Newspaper: Daily Democrat and news. [volume]
Place of publication: Davenport, Iowa
Publisher: Maguire, Richardson & Co.
Date: 1860-03-31 00:00:00
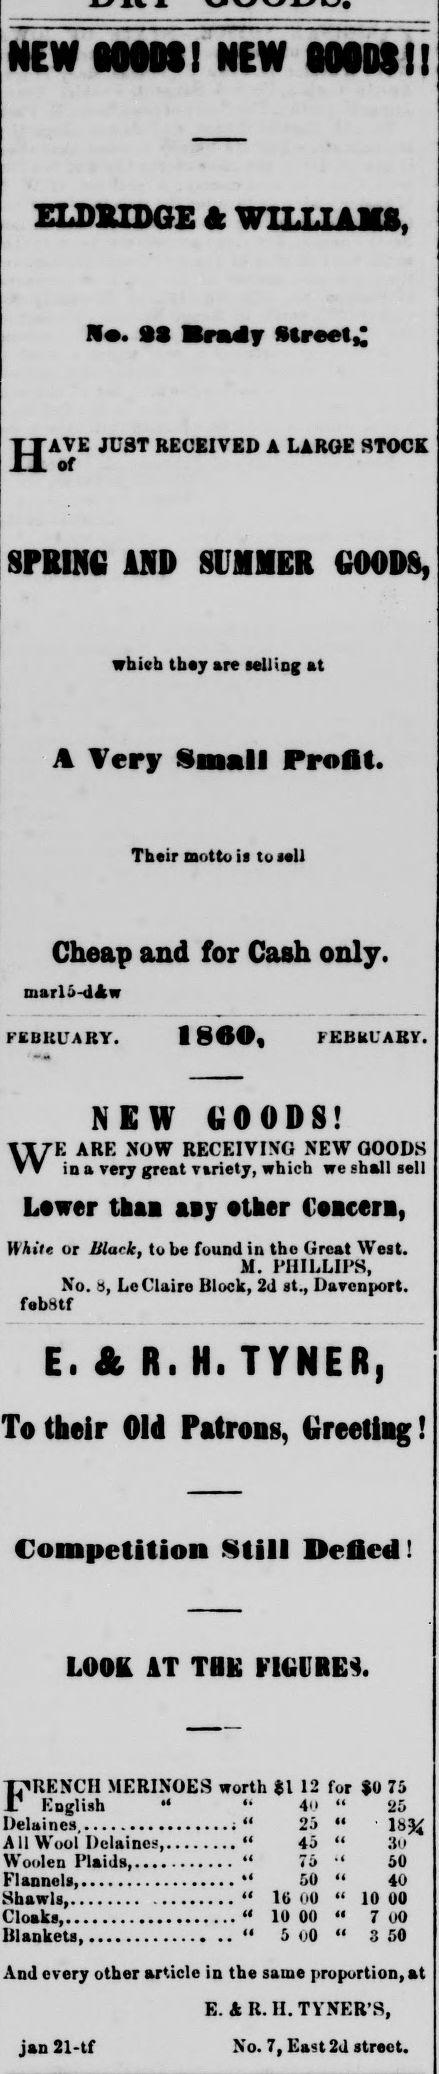
Advertisement text (OCR):
ELDBID6E k WILLIAKS, 8PRINC Street* AVE JUST RECEITBO A LARGE STOCK AMD 8UMMER «««P8, whleb tbey are sailing at A Very Small ProOt. Their aottois toasU Cheap and for Cash only. marl 5-d Aw FEBRUARY. riHifAIV. N E W i O O S WEinARE NOW RECEIVING NEW GOODS a very great vtriety, which we shall sell Lewer thai uy ether Ceacera, {Fb'lt or Black, to be found in the Great West. M. PHILLIPS, No. 3, LeClaire Block, 2d at., Davenport. febStf K A Y N E To their Old Patrons, ttreetiag! Competition Still Belled! IAO& AT TBK Utit RE^. FRENCH MERINOES worth $112 for «8 7i English 40 25 Delaines, 25 18« AII Wool Delaines 45 3o Woolen Plaids, 75 50 Flannels, 50 40 Shawls, 16 00 10 00 Cloaks 10 00 7 00 Blankets, .. 5 00 3 50 And every other article in the same proportion, at E. A R. II. TYNER'S, jan 21-tf No. 7, East 2d street.
Label: text-only